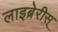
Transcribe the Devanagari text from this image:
लाइब्रेरीस्